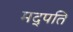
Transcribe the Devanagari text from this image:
मद्पति